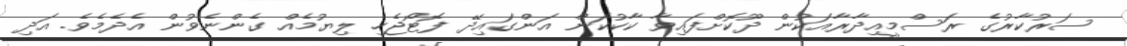
ސަރުކާރުގެ ރަސްމީއިދާރާއަކުން ދޫކޮށްފައިވާ ކާކުކަން އަންގައިދޭ ފޮޓޯޖެހި ލިޔުމެއް ގެންނެވުން އެދެމެވެ. އަދި